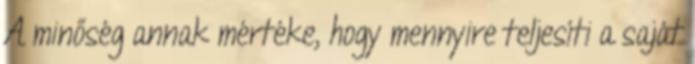
A minőség annak mértéke, hogy mennyire teljesíti a saját